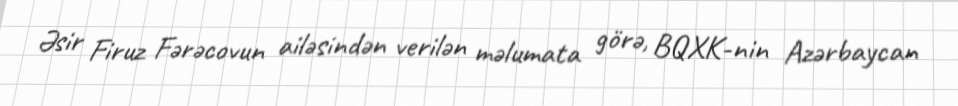
Əsir Firuz Fərəcovun ailəsindən verilən məlumata görə, BQXK-nin Azərbaycan